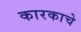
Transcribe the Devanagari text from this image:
कारकाचे